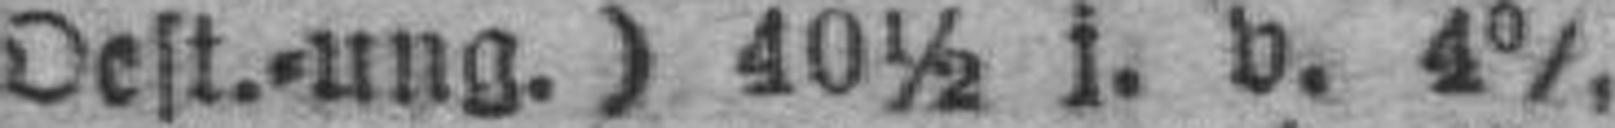
Oest.=ung.) 40½ i. v. 4%